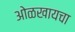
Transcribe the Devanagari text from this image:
ओळखायचा